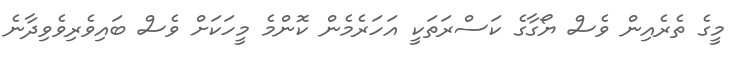
މީގެ ތެރެއިން ވެސް ޔޯގާގެ ކަސްރަތަކީ އަހަރެމެން ކޮންމެ މީހަކަށް ވެސް ބައިވެރިވެވިދާނެ